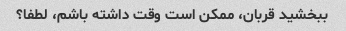
ببخشید قربان، ممکن است وقت داشته باشم، لطفا؟